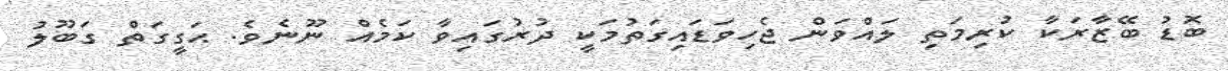
ބޮޑު ބޭޒާރަކާ ކުރިމަތި ލައްވަން ޖެހިވަޑައިގަތުމަކީ ދުރުގައިވާ ކަމެއް ނޫނެވެ. ޙަގީގަތް ގަބޫލު